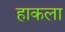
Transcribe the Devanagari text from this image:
हाकला